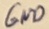
Text: GND